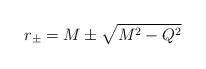
\begin{align*}r_{\pm} = M \pm \sqrt{M^2-Q^2} \end{align*}